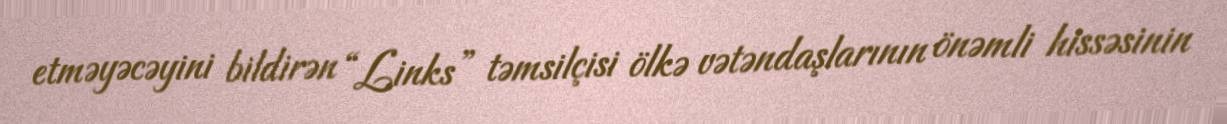
etməyəcəyini bildirən “Links” təmsilçisi ölkə vətəndaşlarının önəmli hissəsinin